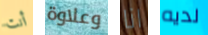
أنت وعلاوة انا لديه